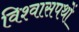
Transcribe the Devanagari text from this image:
विश्वासपथों